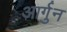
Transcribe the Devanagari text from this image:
आर्गुन